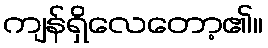
ကျန်ရှိလေတော့၏။